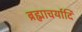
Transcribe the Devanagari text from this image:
ब्रह्माचर्यादि